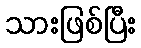
သားဖြစ်ပြီး